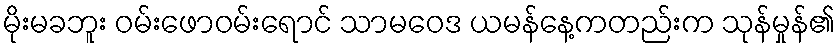
မိုးမခဘူး ဝမ်းဖောဝမ်းရောင် သာမဝေဒ ယမန်နေ့ကတည်းက သုန်မှုန်၏